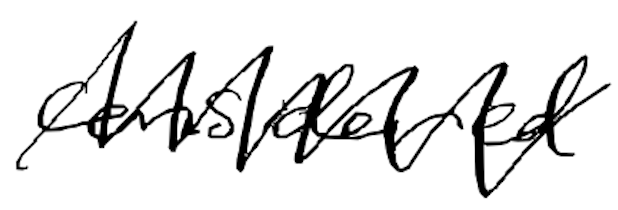
Text: considered
Cross-out: zig-zag
Writing tool: digital_black